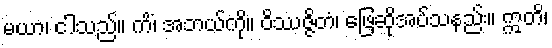
မယာ၊ ငါသည်။ ကိံ၊ အဘယ်ကို။ ဝိဿဇ္ဇိတံ၊ ဖြေဆိုအပ်သနည်း။ ဣတိ၊